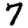
Digit: 7